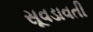
સૂવડાવતી